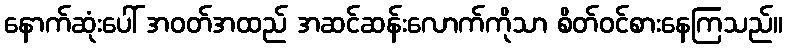
နောက်ဆုံးပေါ် အဝတ်အထည် အဆင်ဆန်းလောက်ကိုသာ စိတ်ဝင်စားနေကြသည်။